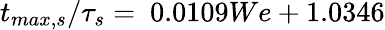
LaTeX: {{t}_{max,s}}/{\tau_{s}}=\ 0.0109We+1.0346